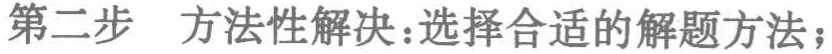
第二步 方法性解决：选择合适的解题方法；